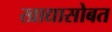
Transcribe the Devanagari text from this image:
खाद्यासोबत